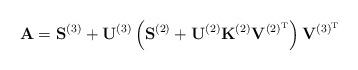
LaTeX: \begin{align*}\mathbf{A} =\mathbf{S}^{(3)} + \mathbf{U}^{(3)} \left( \mathbf{S}^{(2)} + \mathbf{U}^{(2)} \mathbf{K}^{(2)}\mathbf{V}^{(2)^\mathrm{T}} \right) \mathbf{V}^{(3)^\mathrm{T}} \end{align*}